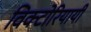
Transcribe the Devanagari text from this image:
विक्टोरियायी